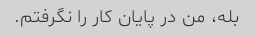
بله، من در پایان کار را نگرفتم.